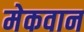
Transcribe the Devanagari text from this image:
मेकवान